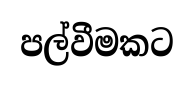
පල්වීමකට